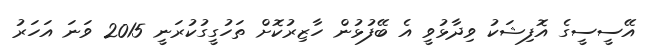
އޭސީސީގެ އޮފިޝަކު ވިދާޅުވީ އެ ބޭފުޅުން ހާޒިރުކޮށް ތަހުގީގުކުރަނީ 2015 ވަނަ އަހަރު